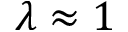
\lambda \approx 1